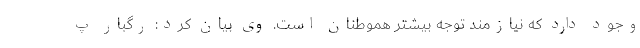
وجود دارد که نیازمند توجه بیشتر هموطنان است. وی بیان کرد: رگبار پ